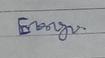
Signature authenticity: genuine